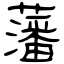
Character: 藩